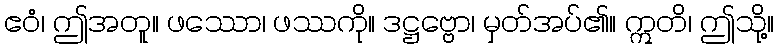
ဧဝံ၊ ဤအတူ။ ဖဿော၊ ဖဿကို။ ဒဋ္ဌဗ္ဗော၊ မှတ်အပ်၏။ ဣတိ၊ ဤသို့။